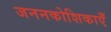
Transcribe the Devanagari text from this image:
जननकोशिकाएँ